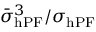
\bar { \sigma } _ { \mathrm { h P F } } ^ { 3 } / \sigma _ { \mathrm { h P F } }